Civil Veterinary Dept. Bombay admin report 1907-1913 - 1907-1913
Year: 1907
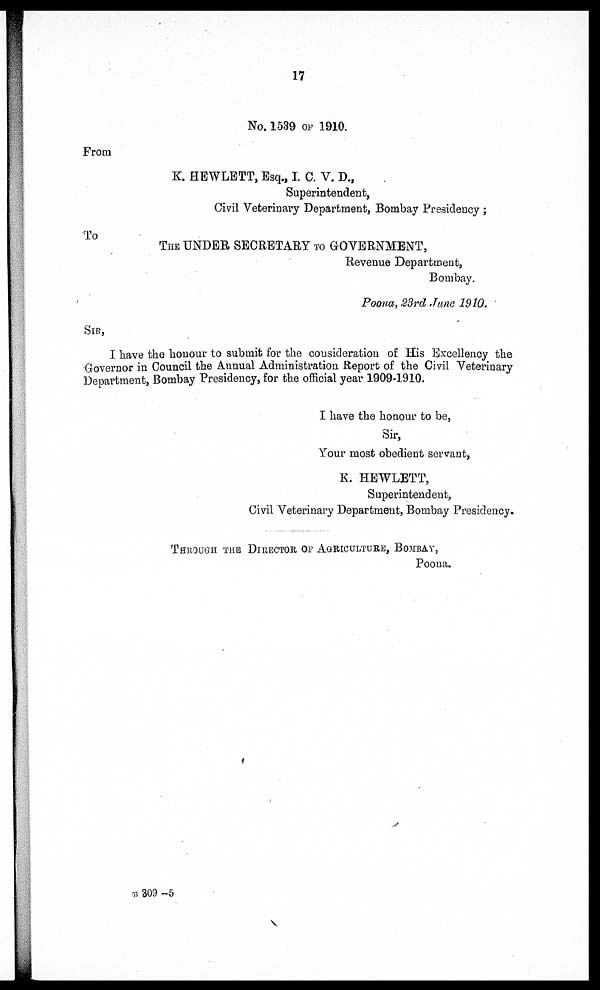
17
No. 1539 of 1910.
From
K. HEWLETT, Esq., I. 0. V. D.,
Superintendent,
Civil Veterinary Department, Bombay Presidency ;
The UNDER SECRETARY to GOVERNMENT,
Revenue Department,
Bombay.
Poona, 23rd June 1910.
Sir,
I have the honour to submit for the consideration of His Excellency the
Governor in Council the Annual Administration Report of the Civil Veterinary
Department, Bombay Presidency, for the official year 1909-1910.
I have the honour to be,
Sir,
Your most obedient servant,
K. HEWLETT,
Superintendent,
Civil Veterinary Department, Bombay Presidency.
Through the Director of Agriculture, Bombay,
Poona.
B 309-5